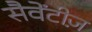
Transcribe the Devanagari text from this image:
सैवेंटीज़